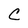
Character: C